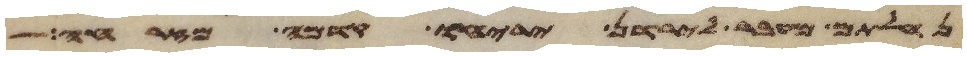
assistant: נחלתם מעבר לירדן יריחו קדמה מזרחה